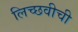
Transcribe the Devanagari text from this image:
लिच्छवीची